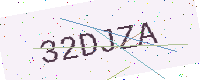
Text: 32DJZA